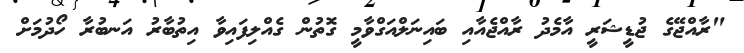
"ރާއްޖޭގެ ޖުޑީޝަރީ އާމެދު ރާއްޖެއާއި ބައިނަލްއަގްވާމީ ގޮތުން ގެއްލިފައިވާ އިތުބާރު އަނބުރާ ހޯދުމަށް